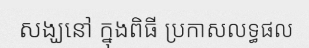
សង្ឃនៅ ក្នុងពិធី ប្រកាសលទ្ធផល